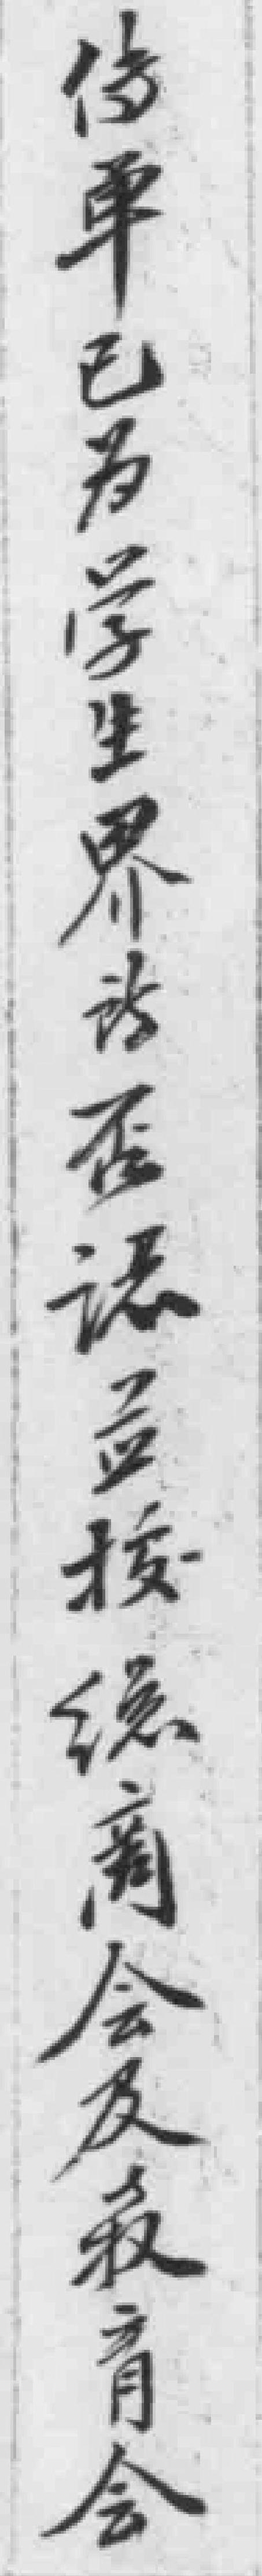
傳單已為學生界*否*按總商會及教育会